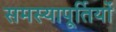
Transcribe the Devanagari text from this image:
समस्यापूर्तियों